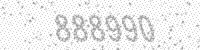
Solution: 888990